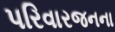
પરિવારજનના